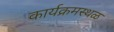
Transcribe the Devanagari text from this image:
कार्यक्रमस्थळ